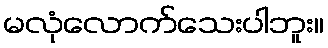
မလုံလောက်သေးပါဘူး။